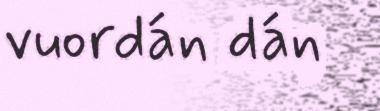
vuordán dán